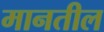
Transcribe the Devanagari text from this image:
मानतील